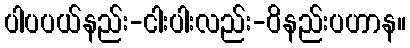
ပါပပယ်နည်း-ငါးပါးလည်း-ဝိနည်းပဟာန။